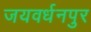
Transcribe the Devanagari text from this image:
जयवर्धनपुर